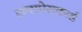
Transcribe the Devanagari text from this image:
एक्सप्रेसकार्ड